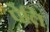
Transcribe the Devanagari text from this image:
पेलि